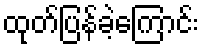
ထုတ်ပြန်ခဲ့ကြောင်း